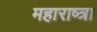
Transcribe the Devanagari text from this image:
महाराष्त्रा